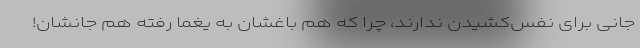
جانی برای نفس‌کشیدن ندارند، چرا که هم باغشان به یغما رفته هم جانشان!